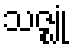
သဇ္ဈုံ